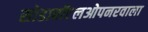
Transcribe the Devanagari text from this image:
सोडाबॉटलओपनरवाला